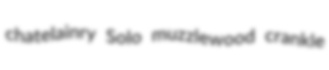
chatelainry Solo muzzlewood crankle